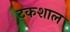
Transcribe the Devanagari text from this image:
टकशाल